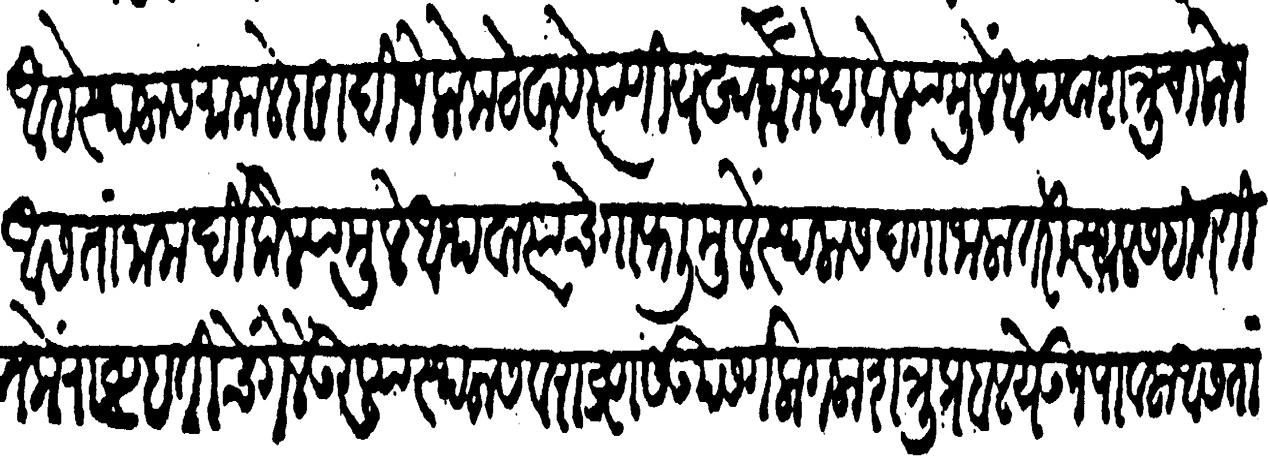
Transliteration (Devanagari): आहे स्थळास मामलेदारादि जें लोक ठेवावे त्यांणी यखादा भेद केलियामुळें अथवा शत्रु चालोन असतां नामर्दी केल्यामुळें अथवा त्यांचे गाफलीमुळे स्थळास दगा जाला तरी स्थळसहित तितकें राष्ट्र हातीचे गेले उरल्या स्थळास व राष्ट्रास उपसर्ग लागला शत्रू प्रबळ येऊन पावला असता